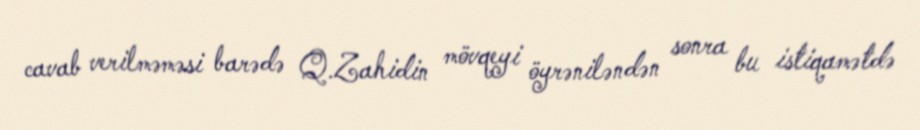
cavab verilməməsi barədə Q.Zahidin mövqeyi öyrəniləndən sonra bu istiqamətdə